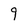
Character: 9